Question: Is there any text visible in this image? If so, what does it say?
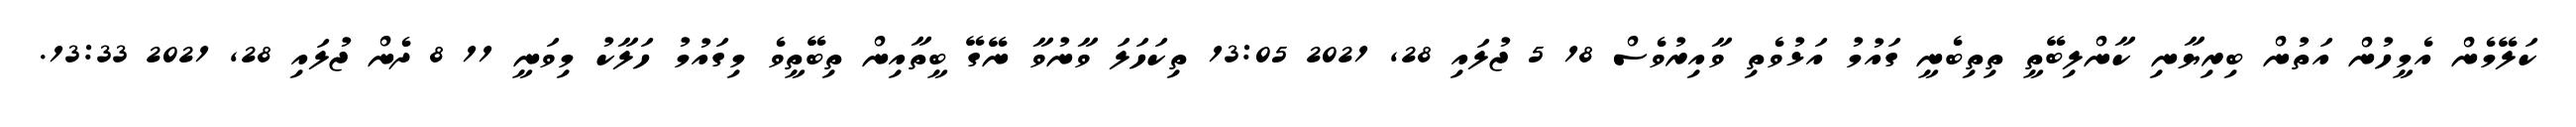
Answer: ކަލޭމެން އެމީހުން އަތުން ބިރިޔާނި ކާންލިބޭތީ ތިތިބެނީ ގައުމު އަޅުވެތި ވާއިރުވެސް 18 5 ޖުލައި 28, 2021 13:05 ތިކަހަލަ ވާނުވާ ނޭގޭ ބީތާއިން ތިބޭތީވެ މިގައުމު ހަލާކު މިވަނީ 11 8 ދެން ޖުލައި 28, 2021 13:33.